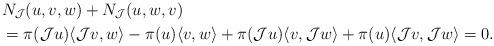
LaTeX: \begin{align*} & N_{\mathcal J} (u, v, w) + N_{\mathcal J}(u, w, v) \\ & = \pi (\mathcal J u) \langle \mathcal J v, w\rangle - \pi (u) \langle v, w\rangle+ \pi (\mathcal J u) \langle v, \mathcal J w\rangle + \pi (u) \langle\mathcal J v,\mathcal J w\rangle =0.\end{align*}